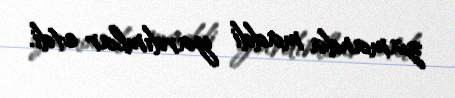
zamanda maddi yardımlar etdi.